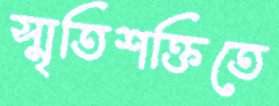
স্মৃতিশক্তিতে